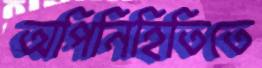
অপিনিহিতিতে